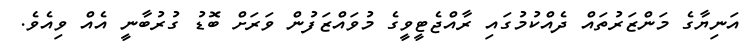
އަނިޔާގެ މަންޒަރުތައް ދެއްކުމުގައި ރާއްޖެޓީވީގެ މުވައްޒަފުން ވަރަށް ބޮޑު ގުރުބާނީ އެއް ވިއެވެ.